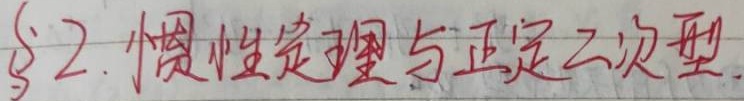
§2. 惯性定理与正定二次型